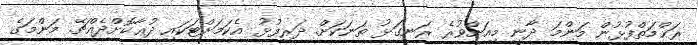
ރަޙްމަތްފުޅުން މަންމަ ދާނީ މިއަށްވުރެ ރަނގަޅު ތަނަކަށް. ދަރިފުޅު އެކަމަށްޓަކައި ދުޢާކޮށްދެއްޗޭ. މަންމަގެ